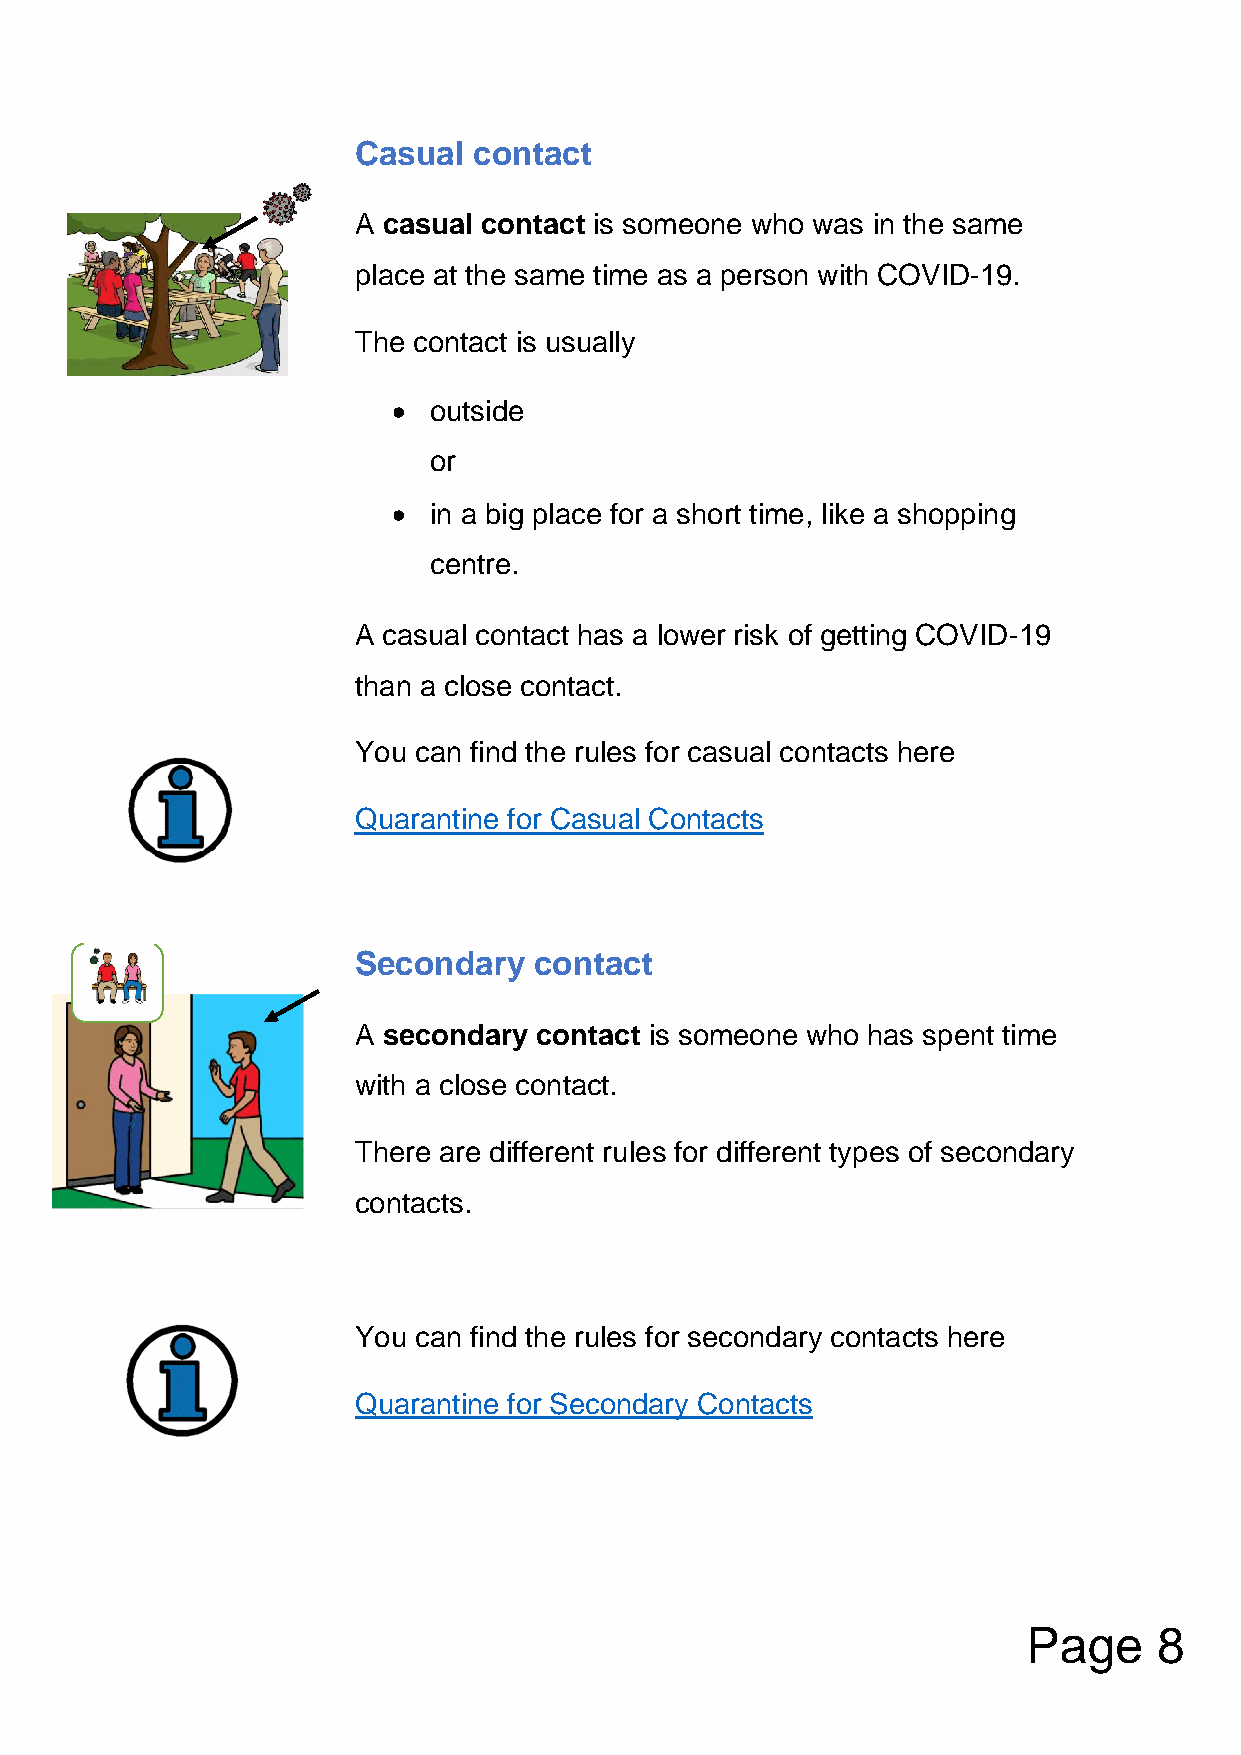
Casual  contact
 A casual contact is someone who was in the same
 place at the same time as a person with COVID-19.
 The contact is usually
 • outside
 or
 • in a big place for a short time, like a shopping
 centre.
 A casual contact has a lower risk of getting COVID-19
 than a close contact.
 You can find the rules for casual contacts here
 Quarantine for Casual Contacts
 Secondary   contact
 A secondary  contact is someone who has spent time
 with a close contact.
 There are different rules for different types of secondary
 contacts.
 You can find the rules for secondary contacts here
 Quarantine for Secondary Contacts
 Page     8